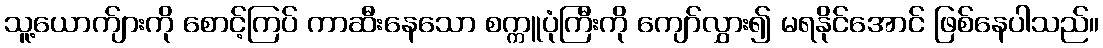
သူ့ယောက်ျားကို စောင့်ကြပ် ကာဆီးနေသော စက္ကူပုံကြီးကို ကျော်လွှား၍ မရနိုင်အောင် ဖြစ်နေပါသည်။